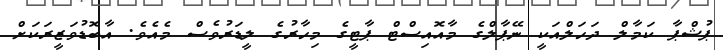
ޕުޝްޕާ ކަމާލް ދަހަލްއަކީ ނޭޕާލްގެ މާއޮއިސްޓް ޕާޓީގެ މިހާރުގެ ލީޑަރުވެސް މެއެވެ. އާބޮޑުވަޒީރަކަށް